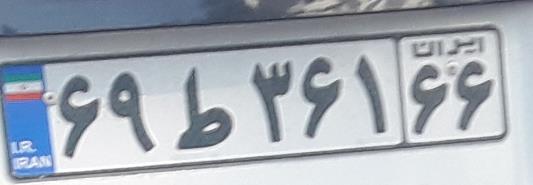
۶۹ط۳۶۱۶۶